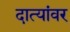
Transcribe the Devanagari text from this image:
दात्यांवर